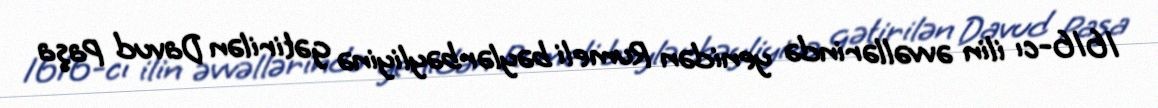
1616-cı ilin əvvəllərində yenidən Rumeli bəylərbəyliyinə gətirilən Davud Paşa